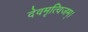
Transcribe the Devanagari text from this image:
देवमृत्विजम्‌।